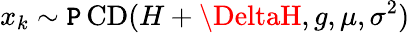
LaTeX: x_{k}\sim\operatorname{\mathtt{P}CD}(H+\DeltaH,g,\mu,\sigma^{2})